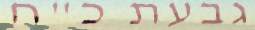
גבעת כ"ח